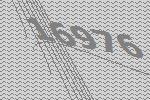
16976